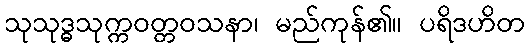
သုသုဒ္ဓသုက္ကဝတ္တဝသနာ၊ မည်ကုန်၏။ ပရိဒဟိတ